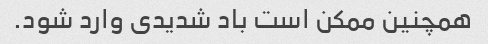
همچنین ممکن است باد شدیدی وارد شود.